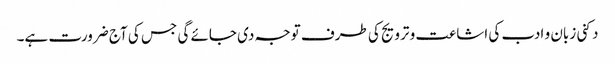
دکنی زبان و ادب کی اشاعت و ترویج کی طرف توجہ دی جائے گی جس کی آج ضرورت ہے۔